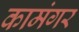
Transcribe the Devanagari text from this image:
कामंगर